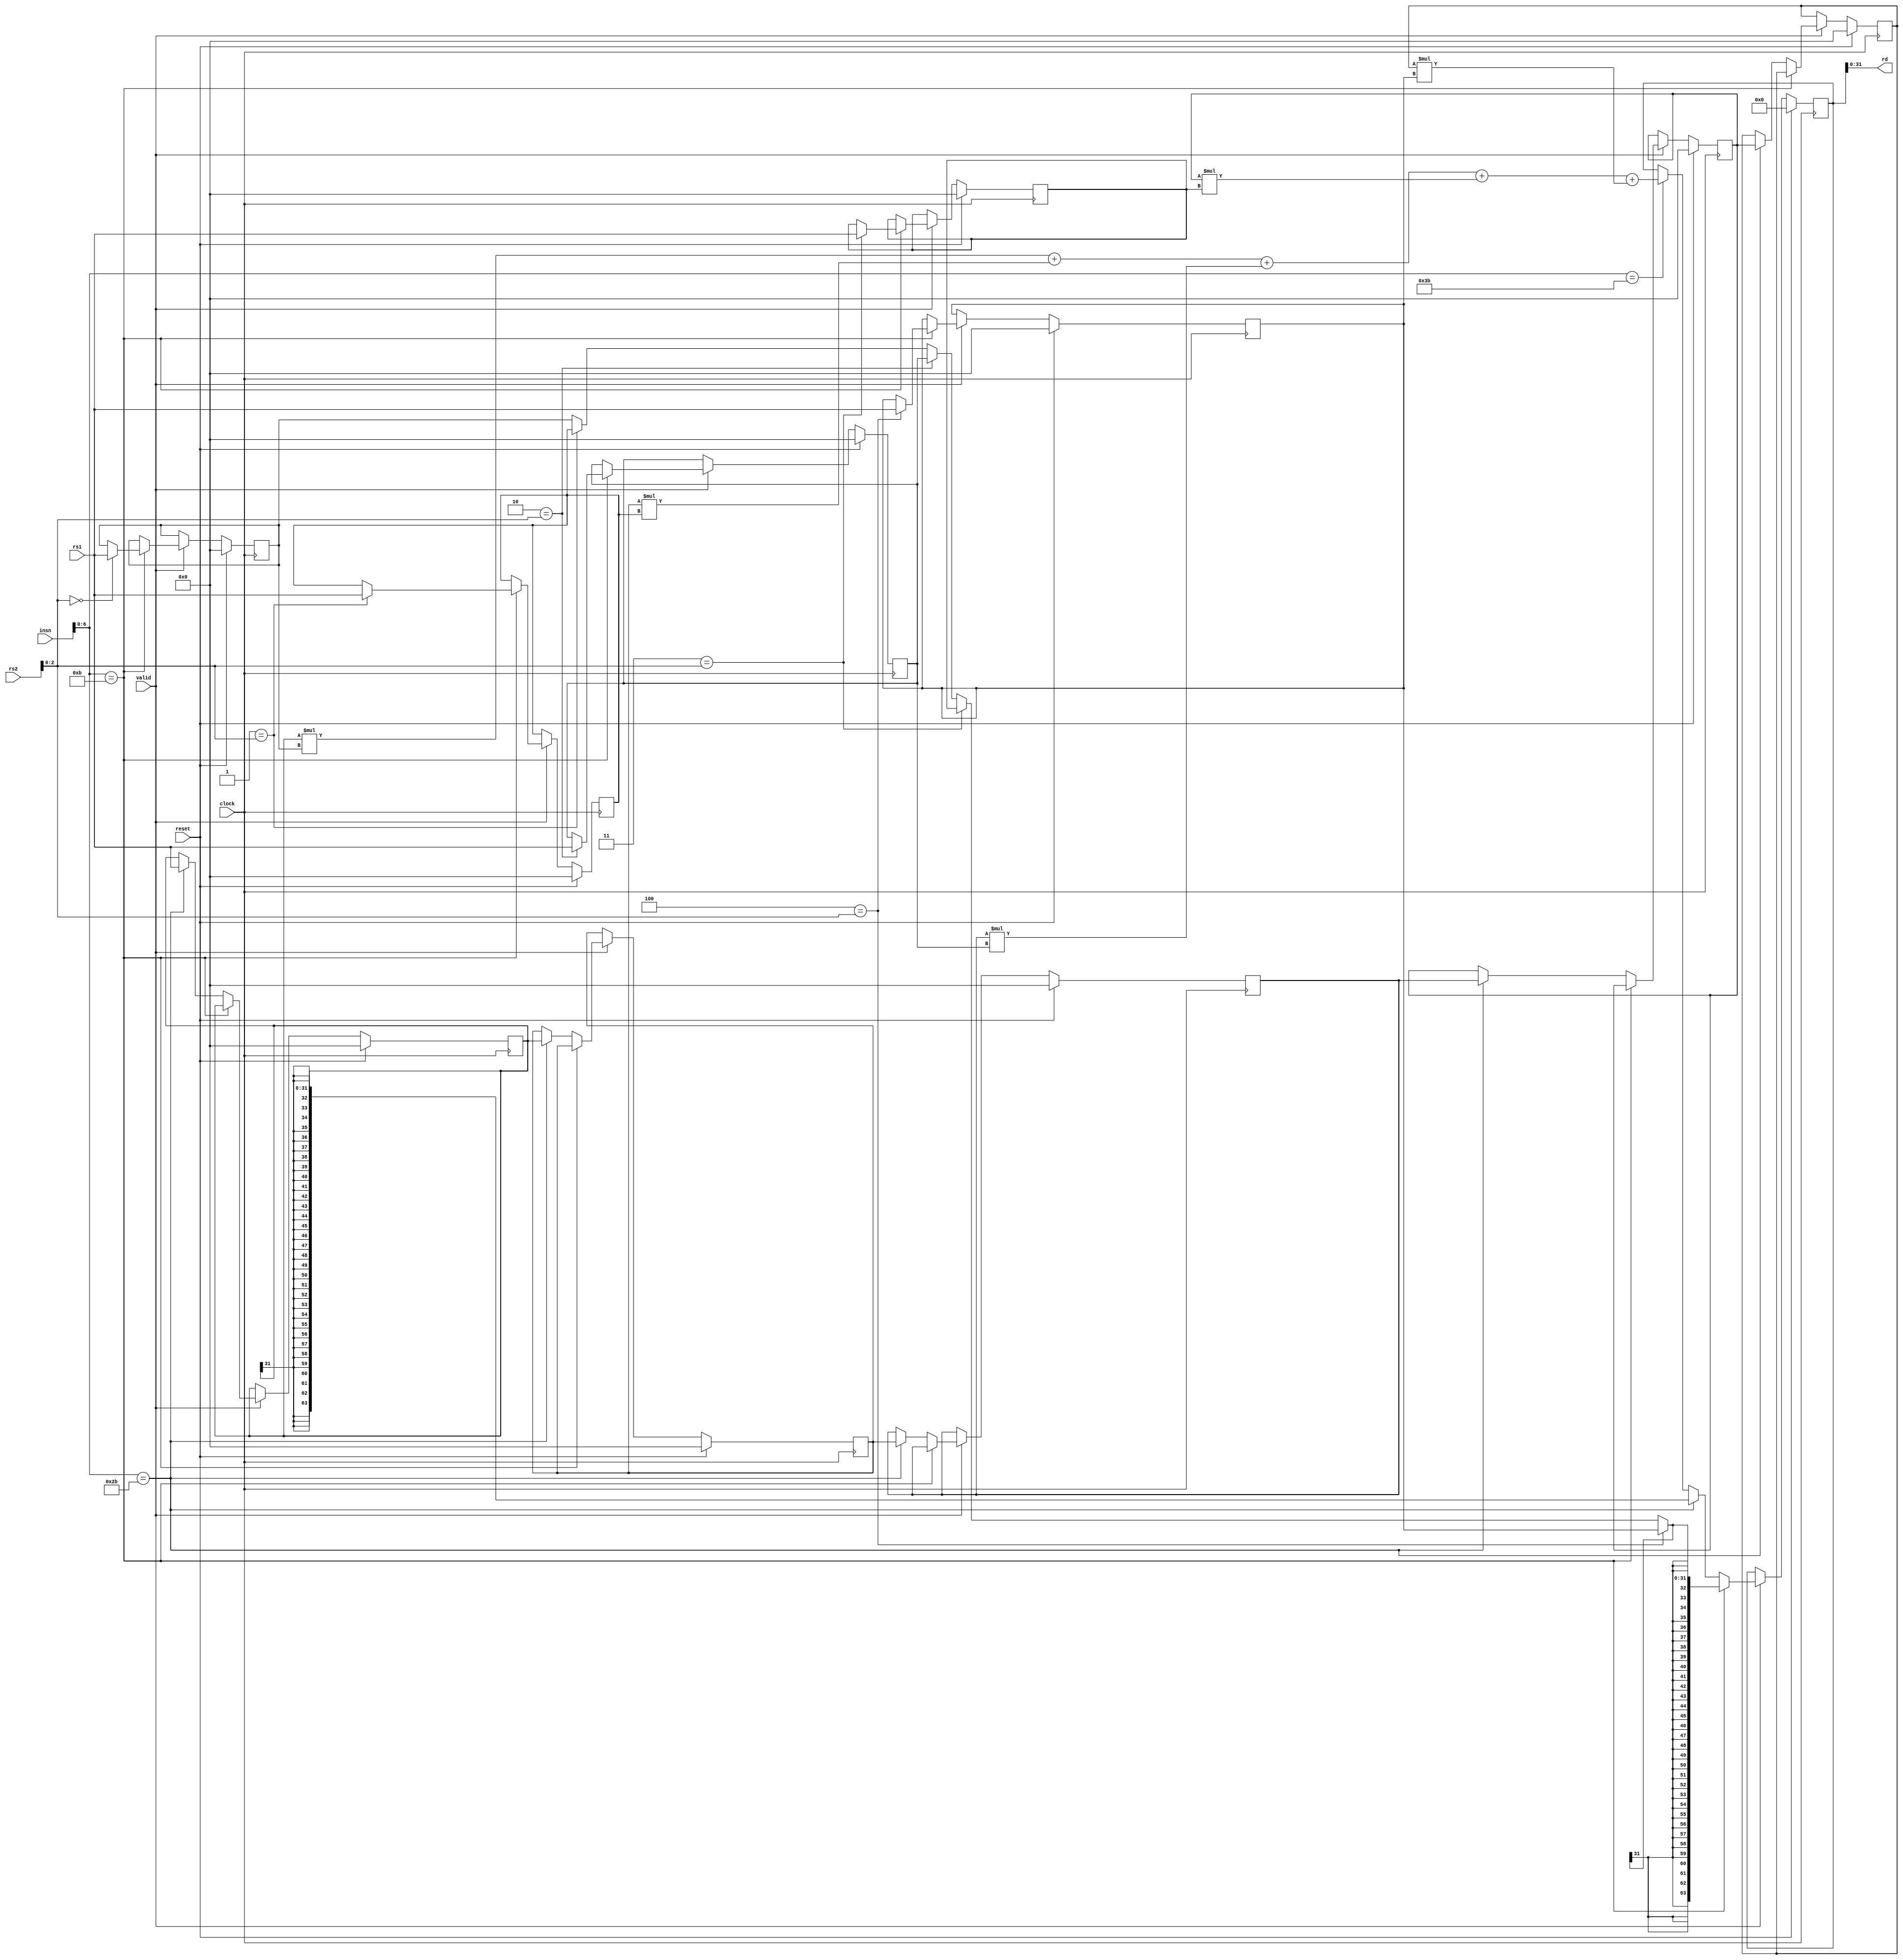
module SCIEPipelined #(parameter XLEN = 32)(
  input         clock,
  input         reset,
  input         valid,
  input  [31:0] insn,
  input  [31:0] rs1,
  input  [31:0] rs2,
  output [31:0] rd
);
  reg [31:0] coeffs_0;
  reg [31:0] coeffs_1;
  reg [31:0] coeffs_2;
  reg [31:0] coeffs_3;
  reg [31:0] coeffs_4;
  reg [31:0] data_0;
  reg [31:0] data_1;
  reg [31:0] data_2;
  reg [31:0] data_3;
  reg [31:0] data_4;
  reg [63:0] result;
  wire [31:0] _GEN_6 = 3'h1 == rs2[2:0] ? $signed(coeffs_1) : $signed(coeffs_0);
  wire [31:0] _GEN_7 = 3'h2 == rs2[2:0] ? $signed(coeffs_2) : $signed(_GEN_6);
  wire [31:0] _GEN_8 = 3'h3 == rs2[2:0] ? $signed(coeffs_3) : $signed(_GEN_7);
  wire [31:0] _GEN_9 = 3'h4 == rs2[2:0] ? $signed(coeffs_4) : $signed(_GEN_8);
  wire [63:0] _result_T_2 = $signed(data_0) * $signed(coeffs_0);
  wire [63:0] _result_T_3 = $signed(data_1) * $signed(coeffs_1);
  wire [63:0] _result_T_4 = $signed(data_2) * $signed(coeffs_2);
  wire [63:0] _result_T_5 = $signed(data_3) * $signed(coeffs_3);
  wire [63:0] _result_T_6 = $signed(data_4) * $signed(coeffs_4);
  wire [63:0] _result_T_9 = $signed(_result_T_2) + $signed(_result_T_3);
  wire [63:0] _result_T_12 = $signed(_result_T_9) + $signed(_result_T_4);
  wire [63:0] _result_T_15 = $signed(_result_T_12) + $signed(_result_T_5);
  wire [63:0] _result_T_18 = $signed(_result_T_15) + $signed(_result_T_6);
  wire [63:0] _GEN_10 = insn[6:0] == 7'h3b ? $signed(_result_T_18) : $signed(result);
  assign rd = result[31:0];
  always @(posedge clock) begin
    if (reset) begin
      coeffs_0 <= 32'sh0;
    end else if (valid) begin
      if (insn[6:0] == 7'hb) begin
        if (3'h0 == rs2[2:0]) begin
          coeffs_0 <= rs1;
        end
      end
    end
    if (reset) begin
      coeffs_1 <= 32'sh0;
    end else if (valid) begin
      if (insn[6:0] == 7'hb) begin
        if (3'h1 == rs2[2:0]) begin
          coeffs_1 <= rs1;
        end
      end
    end
    if (reset) begin
      coeffs_2 <= 32'sh0;
    end else if (valid) begin
      if (insn[6:0] == 7'hb) begin
        if (3'h2 == rs2[2:0]) begin
          coeffs_2 <= rs1;
        end
      end
    end
    if (reset) begin
      coeffs_3 <= 32'sh0;
    end else if (valid) begin
      if (insn[6:0] == 7'hb) begin
        if (3'h3 == rs2[2:0]) begin
          coeffs_3 <= rs1;
        end
      end
    end
    if (reset) begin
      coeffs_4 <= 32'sh0;
    end else if (valid) begin
      if (insn[6:0] == 7'hb) begin
        if (3'h4 == rs2[2:0]) begin
          coeffs_4 <= rs1;
        end
      end
    end
    if (reset) begin
      data_0 <= 32'sh0;
    end else if (valid) begin
      if (!(insn[6:0] == 7'hb)) begin
        if (insn[6:0] == 7'h2b) begin
          data_0 <= rs1;
        end
      end
    end
    if (reset) begin
      data_1 <= 32'sh0;
    end else if (valid) begin
      if (!(insn[6:0] == 7'hb)) begin
        if (insn[6:0] == 7'h2b) begin
          data_1 <= data_0;
        end
      end
    end
    if (reset) begin
      data_2 <= 32'sh0;
    end else if (valid) begin
      if (!(insn[6:0] == 7'hb)) begin
        if (insn[6:0] == 7'h2b) begin
          data_2 <= data_1;
        end
      end
    end
    if (reset) begin
      data_3 <= 32'sh0;
    end else if (valid) begin
      if (!(insn[6:0] == 7'hb)) begin
        if (insn[6:0] == 7'h2b) begin
          data_3 <= data_2;
        end
      end
    end
    if (reset) begin
      data_4 <= 32'sh0;
    end else if (valid) begin
      if (!(insn[6:0] == 7'hb)) begin
        if (insn[6:0] == 7'h2b) begin
          data_4 <= data_3;
        end
      end
    end
    if (reset) begin
      result <= 64'sh0;
    end else if (valid) begin
      if (insn[6:0] == 7'hb) begin
        result <= {{32{_GEN_9[31]}},_GEN_9};
      end else if (insn[6:0] == 7'h2b) begin
        result <= {{32{data_0[31]}},data_0};
      end else begin
        result <= _GEN_10;
      end
    end
  end
endmodule